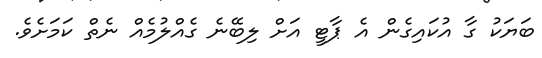
ބަޔަކު ގާ އުކައިގެން އެ ޕާޓީ އަށް ލިބޭނެ ގެއްލުމެއް ނެތް ކަމަށެވެ.